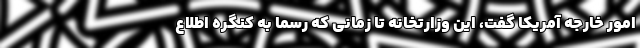
امور خارجه آمریکا گفت، این وزارتخانه تا زمانی که رسماً به کنگره اطلاع